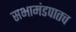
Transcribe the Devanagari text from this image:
सभामंडपातच